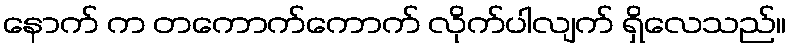
နောက် က တကောက်ကောက် လိုက်ပါလျက် ရှိလေသည်။